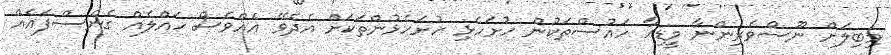
މިބިލަށް ނޫސްވެރިންނާ މީޑިއާ ހައުސްތަކުން ހުށަހެޅި ހުށަހެޅުންތަކަށް އެދެވޭ އެއްވެސް ހައްލެއް ގެނެސްފައެއް